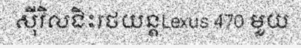
ស៊ីវិលជិះរថយន្តLexus 470 មួយ